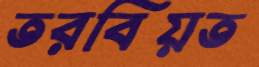
তরবিয়ত